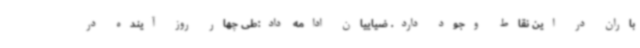
باران در این نقاط وجود دارد. ضیاییان ادامه داد:طی چهار روز آینده در